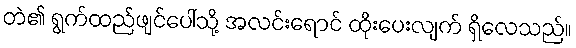
တဲ၏ ရွက်ထည်ဖျင်ပေါ်သို့ အလင်းရောင် ထိုးပေးလျက် ရှိလေသည်။